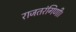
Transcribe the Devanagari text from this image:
राजतरंगिणी।